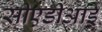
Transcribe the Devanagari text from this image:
सीएडीआई